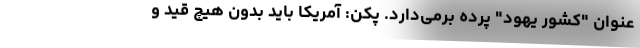
عنوان "کشور یهود" پرده برمی‌دارد. پکن: آمریکا باید بدون هیچ قید و